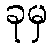
ခုမှ